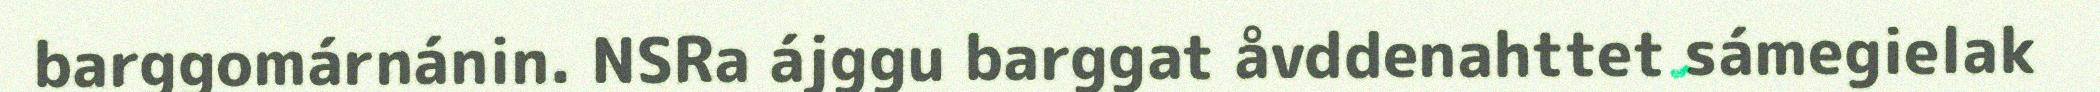
barggomárnánin. NSRa ájggu barggat åvddenahttet sámegielak